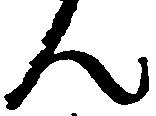
ん